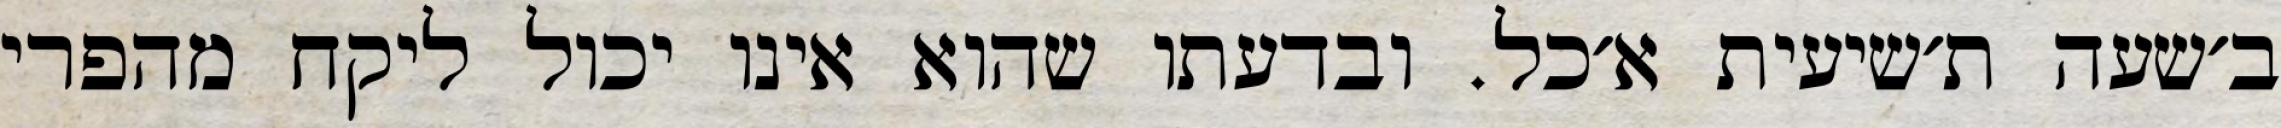
ב׳שעה ת׳שיעית א׳כל. ובדעתו שהוא אינו יכול ליקח מהפרי